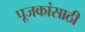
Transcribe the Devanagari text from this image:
पूजकांसाठी